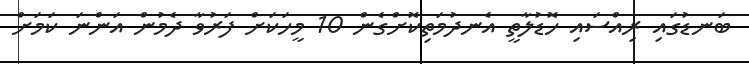
ބަނޑުގައި ރިއްސައި ހޮޑުލާތީ އެނދުމަތިކޮށްގެން 10 މީހަކަށް ފަރުވާ ދެމުން އަންނަ ކަމަށް